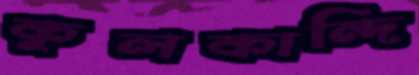
কুলকান্দি